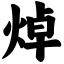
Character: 焯